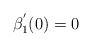
\begin{align*}\beta _{1}^{^{\prime }}(0)=0 \end{align*}